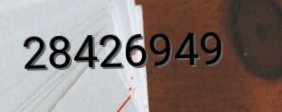
28426949